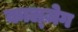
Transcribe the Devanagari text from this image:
काल्ज़ेग